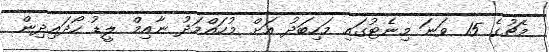
މެޗުގެ 15 ވަނަ މިނެޓުގައި މަހިބަދު އަށް މުހައްމަދު ނާއިމް ލީޑު ހޯދައިދިން